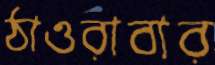
ঠাওরাবার